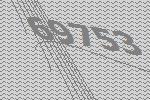
69753